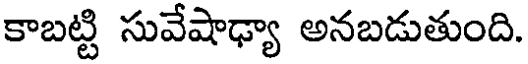
కాబట్టి సువేషాఢ్యా అనబడుతుంది.